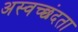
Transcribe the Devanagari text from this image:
अस्वच्छंदता